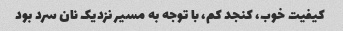
کیفیت خوب، کنجد کم، با توجه به مسیر نزدیک نان سرد بود